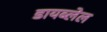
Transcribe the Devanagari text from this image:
डायब्लेल